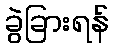
ခွဲခြားရန်